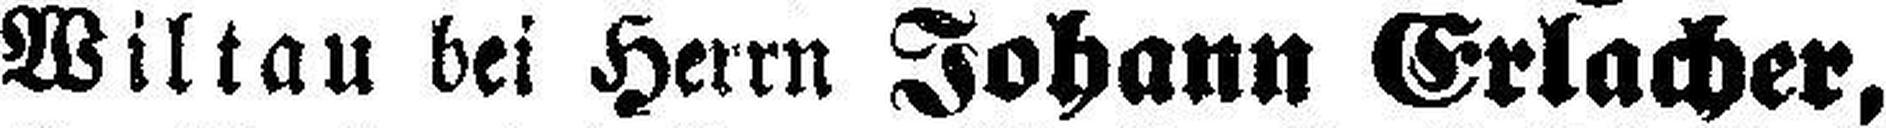
Wiltau bei Herrn Johann Erlacher,